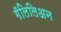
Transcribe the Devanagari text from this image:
गॅलिलिअन